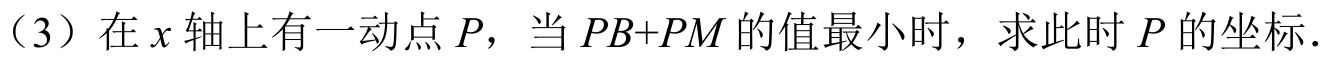
（3）在 \(x\) 轴上有一动点 \(P\)，当 \(PB + PM\) 的值最小时，求此时 \(P\) 的坐标.